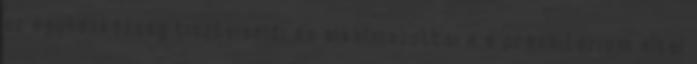
az egyházközség tisztviselői és alkalmazottai e a presbitérium által